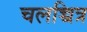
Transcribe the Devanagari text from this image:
चलच्चित्र